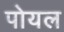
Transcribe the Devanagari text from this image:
पोयल